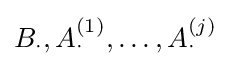
{\textstyle B_{\cdot },A_{\cdot }^{(1)},\dots ,A_{\cdot }^{(j)}}